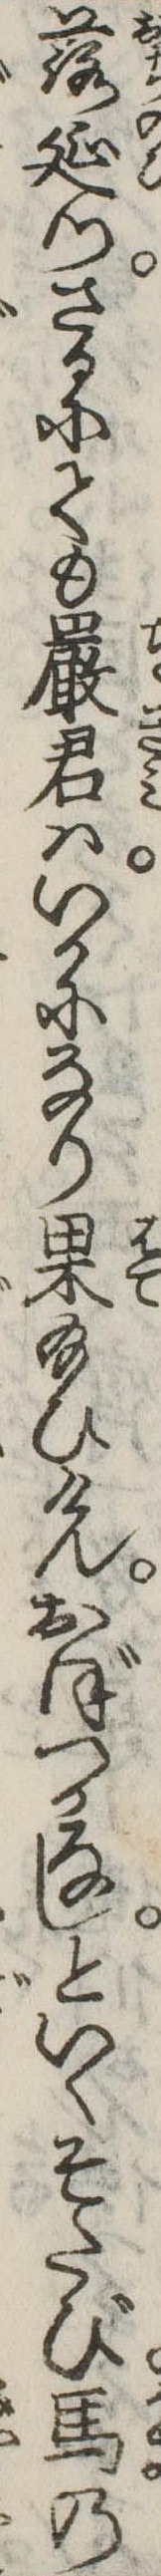
落延つさるにても厳君はいかになり果給ひけんおぼつかなしといくそたび馬の